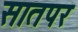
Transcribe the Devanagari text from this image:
सातपर